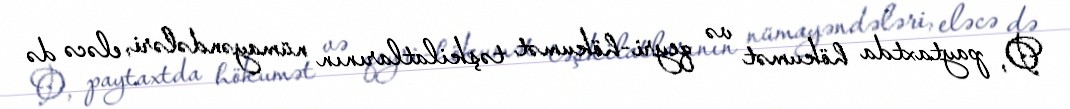
O, paytaxtda hökumət və qeyri-hökumət təşkilatlarının nümayəndələri, eləcə də